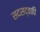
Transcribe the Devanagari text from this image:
सदसद्वापि